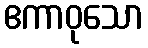
ဧကာဝုသော